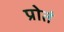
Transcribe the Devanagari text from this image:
प्रोतं